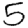
Digit: 5